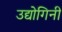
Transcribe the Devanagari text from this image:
उद्योगिनी